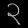
Digit: ၃